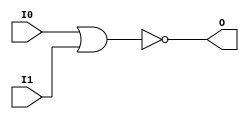
// $Header: /devl/xcs/repo/env/Databases/CAEInterfaces/verunilibs/s/NOR2.v,v 1.8 2003/01/21 01:55:30 wloo Exp $

/*

FUNCTION	: 2-INPUT NOR GATE

*/

`timescale  100 ps / 10 ps


module NOR2 (O, I0, I1);

    output O;

    input  I0, I1;

    nor O1 (O, I0, I1);

    specify
	(I0 *> O) = (0, 0);
	(I1 *> O) = (0, 0);
    endspecify

endmodule